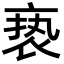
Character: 亵